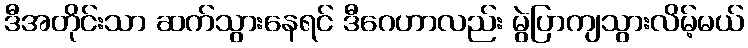
ဒီအတိုင်းသာ ဆက်သွားနေရင် ဒီဂေဟာလည်း မွဲပြာကျသွားလိမ့်မယ်